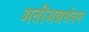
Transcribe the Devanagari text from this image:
अतीअन्नसेवन